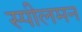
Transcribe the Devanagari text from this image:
स्पीलमन